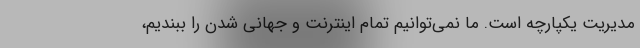
مدیریت یکپارچه است. ما نمی‌توانیم تمام اینترنت و جهانی شدن را ببندیم،